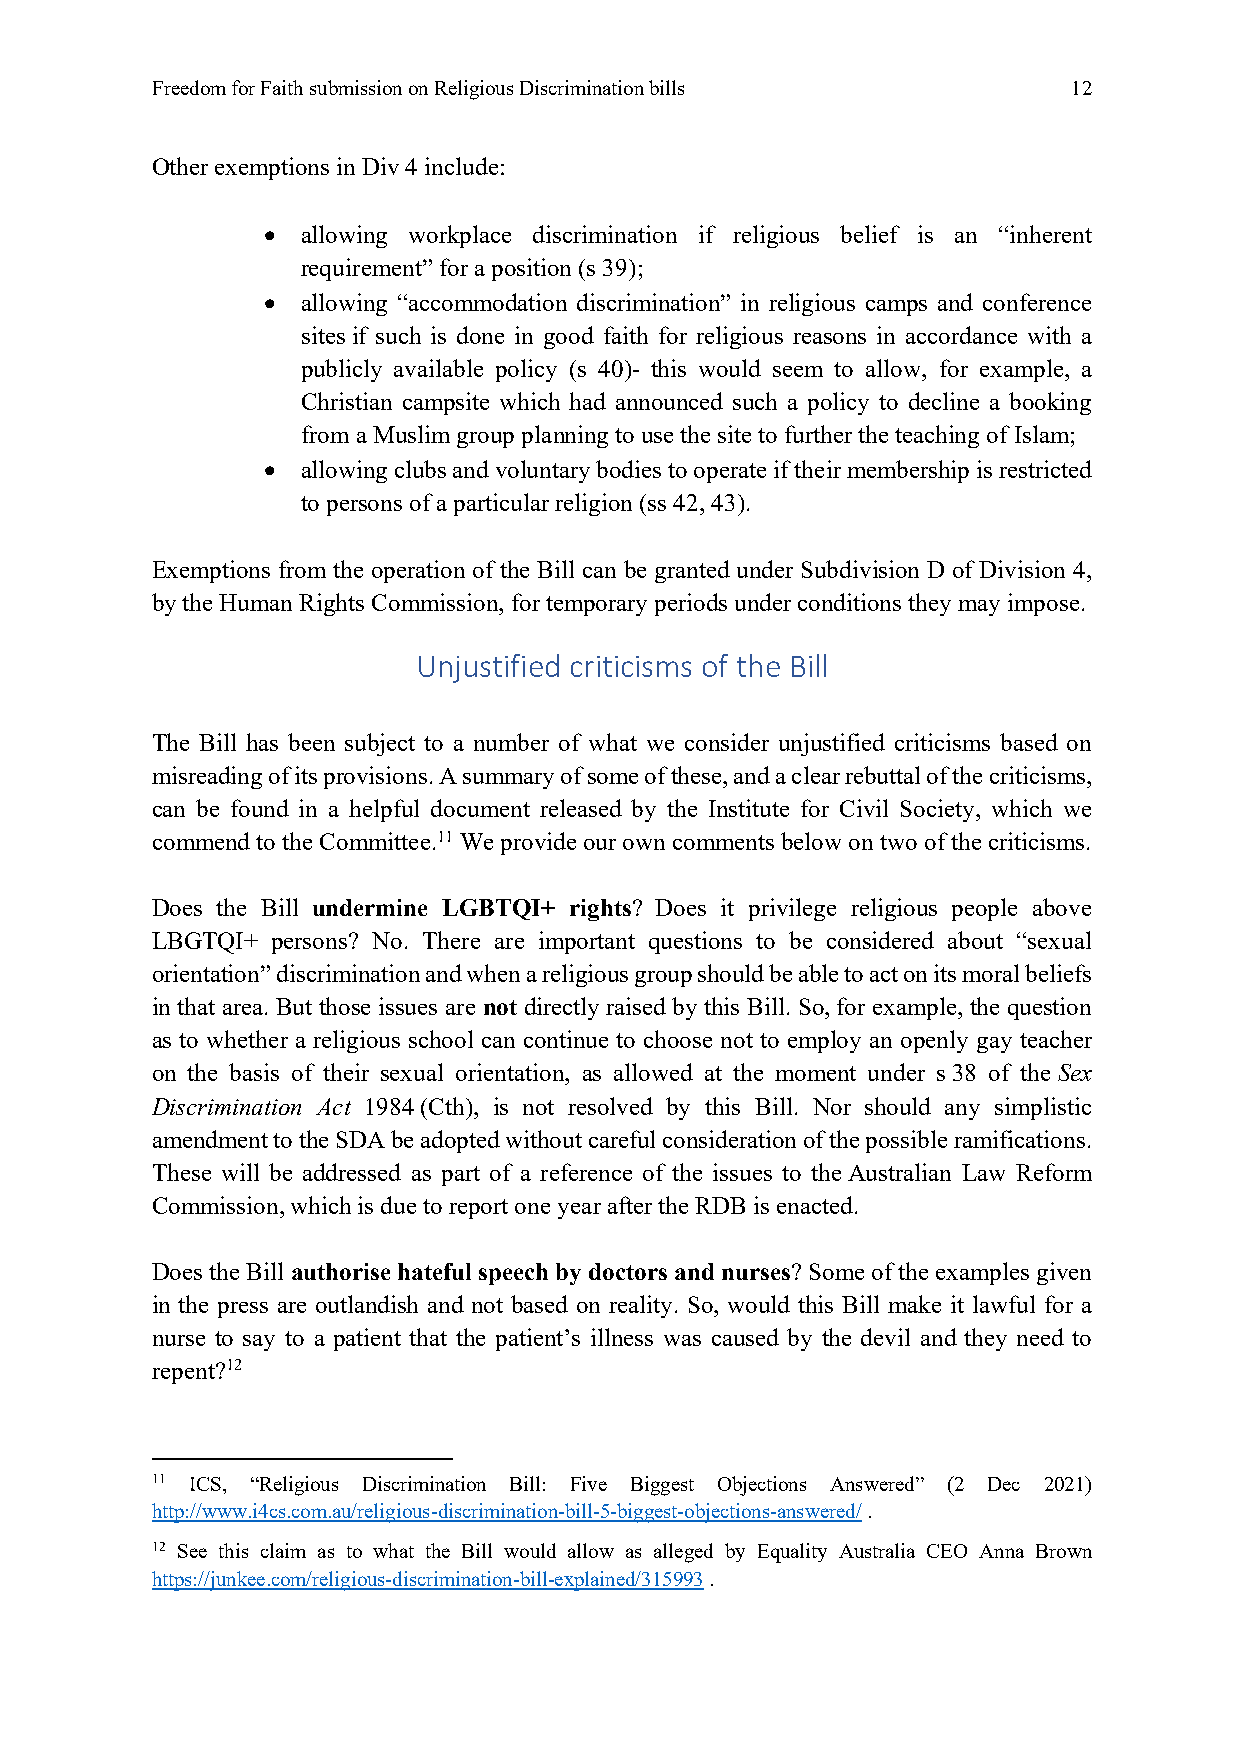
Freedom for Faith submission on Religious Discrimination bills 12
 Other exemptions in Div 4 include:
 •  allowing workplace discrimination if religious belief is an “inherent
 requirement” for a position (s 39);
 •  allowing “accommodation discrimination” in religious camps and conference
 sites if such is done in good faith for religious reasons in accordance with a
 publicly available policy (s 40)- this would seem to allow, for example, a
 Christian campsite which had announced such a policy to decline a booking
 from a Muslim group planning to use the site to further the teaching of Islam;
 •  allowing clubs and voluntary bodies to operate if their membership is restricted
 to persons of a particular religion (ss 42, 43).
 Exemptions from the operation of the Bill can be granted under Subdivision D of Division 4,
 by the Human Rights Commission, for temporary periods under conditions they may impose.
 Unjustified criticisms of the Bill
 The Bill has been subject to a number of what we consider unjustified criticisms based on
 misreading of its provisions. A summary of some of these, and a clear rebuttal of the criticisms,
 can be found in a helpful document released by the Institute for Civil Society, which we
 commend to the Committee.11 We provide our own comments below on two of the criticisms.
 Does the Bill undermine LGBTQI+ rights? Does it privilege religious people above
 LBGTQI+ persons? No. There are important questions to be considered about “sexual
 orientation” discrimination and when a religious group should be able to act on its moral beliefs
 in that area. But those issues are not directly raised by this Bill. So, for example, the question
 as to whether a religious school can continue to choose not to employ an openly gay teacher
 on the basis of their sexual orientation, as allowed at the moment under s 38 of the Sex
 Discrimination Act 1984 (Cth), is not resolved by this Bill. Nor should any simplistic
 amendment to the SDA be adopted without careful consideration of the possible ramifications.
 These will be addressed as part of a reference of the issues to the Australian Law Reform
 Commission, which is due to report one year after the RDB is enacted.
 Does the Bill authorise hateful speech by doctors and nurses? Some of the examples given
 in the press are outlandish and not based on reality. So, would this Bill make it lawful for a
 nurse to say to a patient that the patient’s illness was caused by the devil and they need to
 repent?12
 11 ICS, “Religious Discrimination Bill: Five Biggest Objections Answered” (2 Dec 2021)
 http://www.i4cs.com.au/religious-discrimination-bill-5-biggest-objections-answered/ .
 12 See this claim as to what the Bill would allow as alleged by Equality Australia CEO Anna Brown
 https://junkee.com/religious-discrimination-bill-explained/315993 .